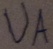
Text: UA